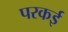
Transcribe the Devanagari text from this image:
परकई